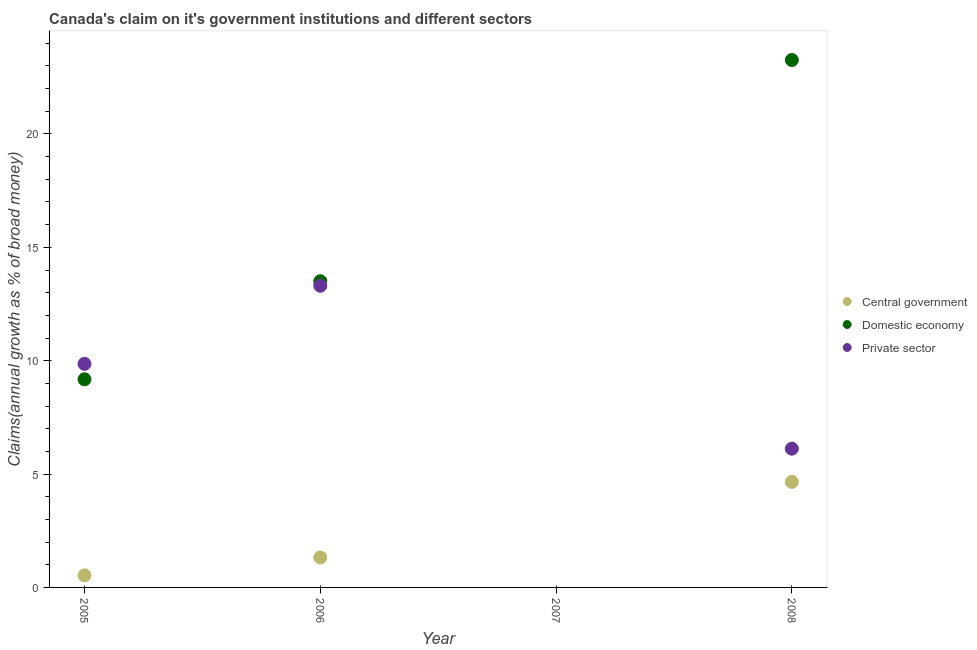
| Year | Central government | Domestic economy | Private sector |
 | --- | --- | --- | --- |
 | 2005 | 0.532 | 9.18 | 9.86 |
 | 2006 | 1.32 | 13.5 | 13.3 |
 | 2007 | -0.583 | -0.715 | -2.48 |
 | 2008 | 4.65 | 23.3 | 6.12 |